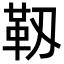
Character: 靱